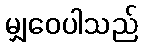
မျှဝေပါသည်